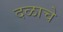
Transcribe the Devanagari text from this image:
दळाचे